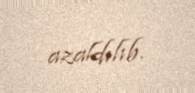
azaldılıb.